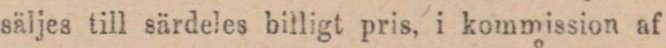
säljes till särdeles billigt pris, i kommission af